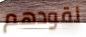
نقودهم